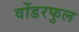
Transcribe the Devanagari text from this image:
वोंडरफुल